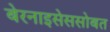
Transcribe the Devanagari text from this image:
बेरनाइसेससोबत